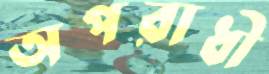
অপরাধী